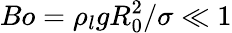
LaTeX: Bo=\rho_{l}gR_{0}^{2}/\sigma\ll 1